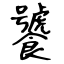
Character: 饕